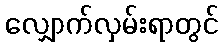
လျှောက်လှမ်းရာတွင်